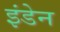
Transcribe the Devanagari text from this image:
इंडेन